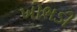
ખોભડી